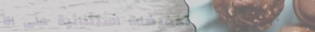
تخفيضات استثنائية على الأ